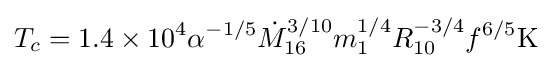
T_{c}=1.4\times 10^{4}\alpha ^{-1/5}{\dot {M}}_{16}^{3/10}m_{1}^{1/4}R_{10}^{-3/4}f^{6/5}{\rm {K}}